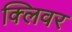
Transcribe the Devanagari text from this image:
क्लिवर